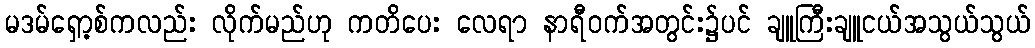
မဒမ်ရှော့စ်ကလည်း လိုက်မည်ဟု ကတိပေး လေရာ နာရီဝက်အတွင်း၌ပင် ချူကြီးချူငယ်အသွယ်သွယ်